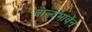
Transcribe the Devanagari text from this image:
बाल्यभावेन